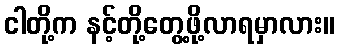
ငါတို့က နင့်တို့တွေ့ဖို့လာရမှာလား။